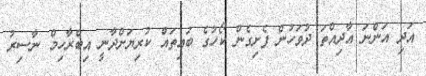
އަދި އަންނަ އާދިއްތަ ދުވަހުން ފެށިގެން ކޯހުގެ ބައިތައް ކުރިޔަށްދާނީ އިބްރާހިމް ނާސިރު